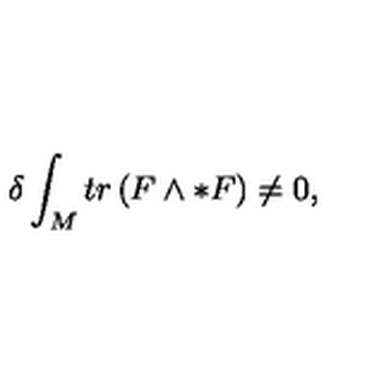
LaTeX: \delta \int _ { M } t r \left( F \wedge * F \right) \neq 0 ,